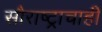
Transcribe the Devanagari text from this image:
सौराष्ट्राचाही